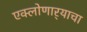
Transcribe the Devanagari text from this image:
एक्लोणार्‍याचा